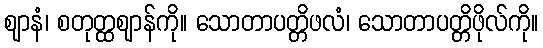
ဈာနံ၊ စတုတ္ထဈာန်ကို။ သောတာပတ္တိဖလံ၊ သောတာပတ္တိဖိုလ်ကို။